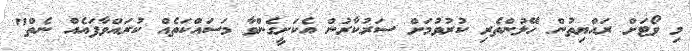
މި ވޯޓަށް ރައްޔިތުން ހޭލުންތެރި ކުރުވުމަށް ސަރުކާރުން އެކަށީގެންވާ މަސައްކަތެއް ކުރައްވާފައެއް ނެތް"